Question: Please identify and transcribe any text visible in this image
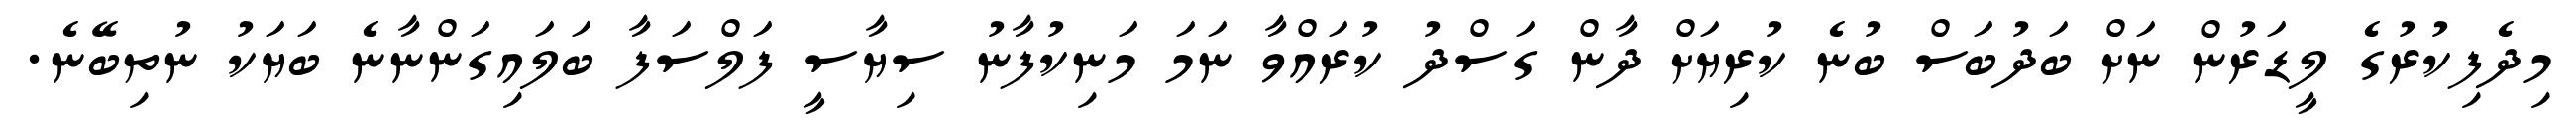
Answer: މިދެފިކުރުގެ ލީޑަރުން ނަށް ބަދުބަސް ބުނެ ކުރިޔަށް ދާން ގަސްދު ކުރައްވާ ނަމަ މަނިކުފާނު ސިޔާސީ ފަލްސަފާ ބަލައިގަންނާނެ ބަޔަކު ނުތިބޭނެ.